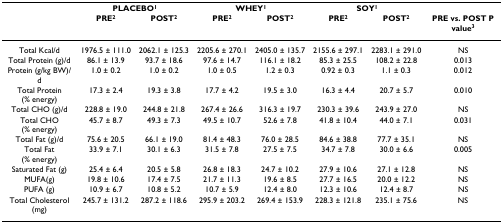
<table><thead><tr><td></td><td colspan="2"><b>PLACEBO<sup>1</sup></b></td><td colspan="2"><b>WHEY<sup>1</sup></b></td><td colspan="2"><b>SOY<sup>1</sup></b></td><td></td></tr><tr><td></td><td><b>PRE<sup>2</sup></b></td><td><b>POST<sup>2</sup></b></td><td><b>PRE<sup>2</sup></b></td><td><b>POST<sup>2</sup></b></td><td><b>PRE<sup>2</sup></b></td><td><b>POST<sup>2</sup></b></td><td><b>PRE vs. POST P value<sup>3</sup></b></td></tr></thead><tbody><tr><td>Total Kcal/d</td><td>1976.5 ± 111.0</td><td>2062.1 ± 125.3</td><td>2205.6 ± 270.1</td><td>2405.0 ± 135.7</td><td>2155.6 ± 297.1</td><td>2283.1 ± 291.0</td><td>NS</td></tr><tr><td>Total Protein (g)/d</td><td>86.1 ± 13.9</td><td>93.7 ± 18.6</td><td>97.6 ± 14.7</td><td>116.1 ± 18.2</td><td>85.3 ± 25.5</td><td>108.2 ± 22.8</td><td>0.013</td></tr><tr><td>Protein (g/kg BW)/d</td><td>1.0 ± 0.2</td><td>1.0 ± 0.2</td><td>1.0 ± 0.5</td><td>1.2 ± 0.3</td><td>0.92 ± 0.3</td><td>1.1 ± 0.3</td><td>0.012</td></tr><tr><td>Total Protein (% energy)</td><td>17.3 ± 2.4</td><td>19.3 ± 3.8</td><td>17.7 ± 4.2</td><td>19.5 ± 3.0</td><td>16.3 ± 4.4</td><td>20.7 ± 5.7</td><td>0.010</td></tr><tr><td>Total CHO (g)/d</td><td>228.8 ± 19.0</td><td>244.8 ± 21.8</td><td>267.4 ± 26.6</td><td>316.3 ± 19.7</td><td>230.3 ± 39.6</td><td>243.9 ± 27.0</td><td>NS</td></tr><tr><td>Total CHO (% energy)</td><td>45.7 ± 8.7</td><td>49.3 ± 7.3</td><td>49.5 ± 10.7</td><td>52.6 ± 7.8</td><td>41.8 ± 10.4</td><td>44.0 ± 7.1</td><td>0.031</td></tr><tr><td>Total Fat (g)/d</td><td>75.6 ± 20.5</td><td>66.1 ± 19.0</td><td>81.4 ± 48.3</td><td>76.0 ± 28.5</td><td>84.6 ± 38.8</td><td>77.7 ± 35.1</td><td>NS</td></tr><tr><td>Total Fat (% energy)</td><td>33.9 ± 7.1</td><td>30.1 ± 6.3</td><td>31.5 ± 7.8</td><td>27.5 ± 7.5</td><td>34.7 ± 7.8</td><td>30.0 ± 6.6</td><td>0.005</td></tr><tr><td>Saturated Fat (g)</td><td>25.4 ± 6.4</td><td>20.5 ± 5.8</td><td>26.8 ± 18.3</td><td>24.7 ± 10.2</td><td>27.9 ± 10.6</td><td>27.1 ± 12.8</td><td>NS</td></tr><tr><td>MUFA(g)</td><td>19.8 ± 10.6</td><td>17.4 ± 7.5</td><td>21.7 ± 11.3</td><td>19.6 ± 8.5</td><td>27.7 ± 16.5</td><td>20.0 ± 12.2</td><td>NS</td></tr><tr><td>PUFA (g)</td><td>10.9 ± 6.7</td><td>10.8 ± 5.2</td><td>10.7 ± 5.9</td><td>12.4 ± 8.0</td><td>12.3 ± 10.6</td><td>12.4 ± 8.7</td><td>NS</td></tr><tr><td>Total Cholesterol (mg)</td><td>245.7 ± 131.2</td><td>287.2 ± 118.6</td><td>295.9 ± 203.2</td><td>269.4 ± 153.9</td><td>228.3 ± 121.8</td><td>235.1 ± 75.6</td><td>NS</td></tr></tbody></table>